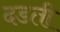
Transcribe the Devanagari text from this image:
दडती